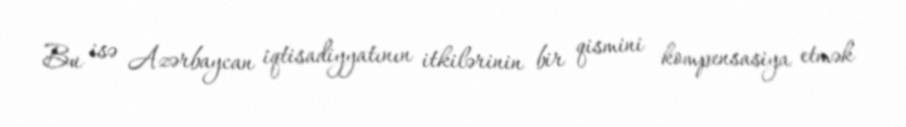
Bu isə Azərbaycan iqtisadiyyatının itkilərinin bir qismini kompensasiya etmək